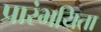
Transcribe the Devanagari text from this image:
प्रारंभयिता